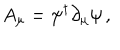
A _ { \mu } = \psi ^ { \dagger } \partial _ { \mu } \psi \, ,